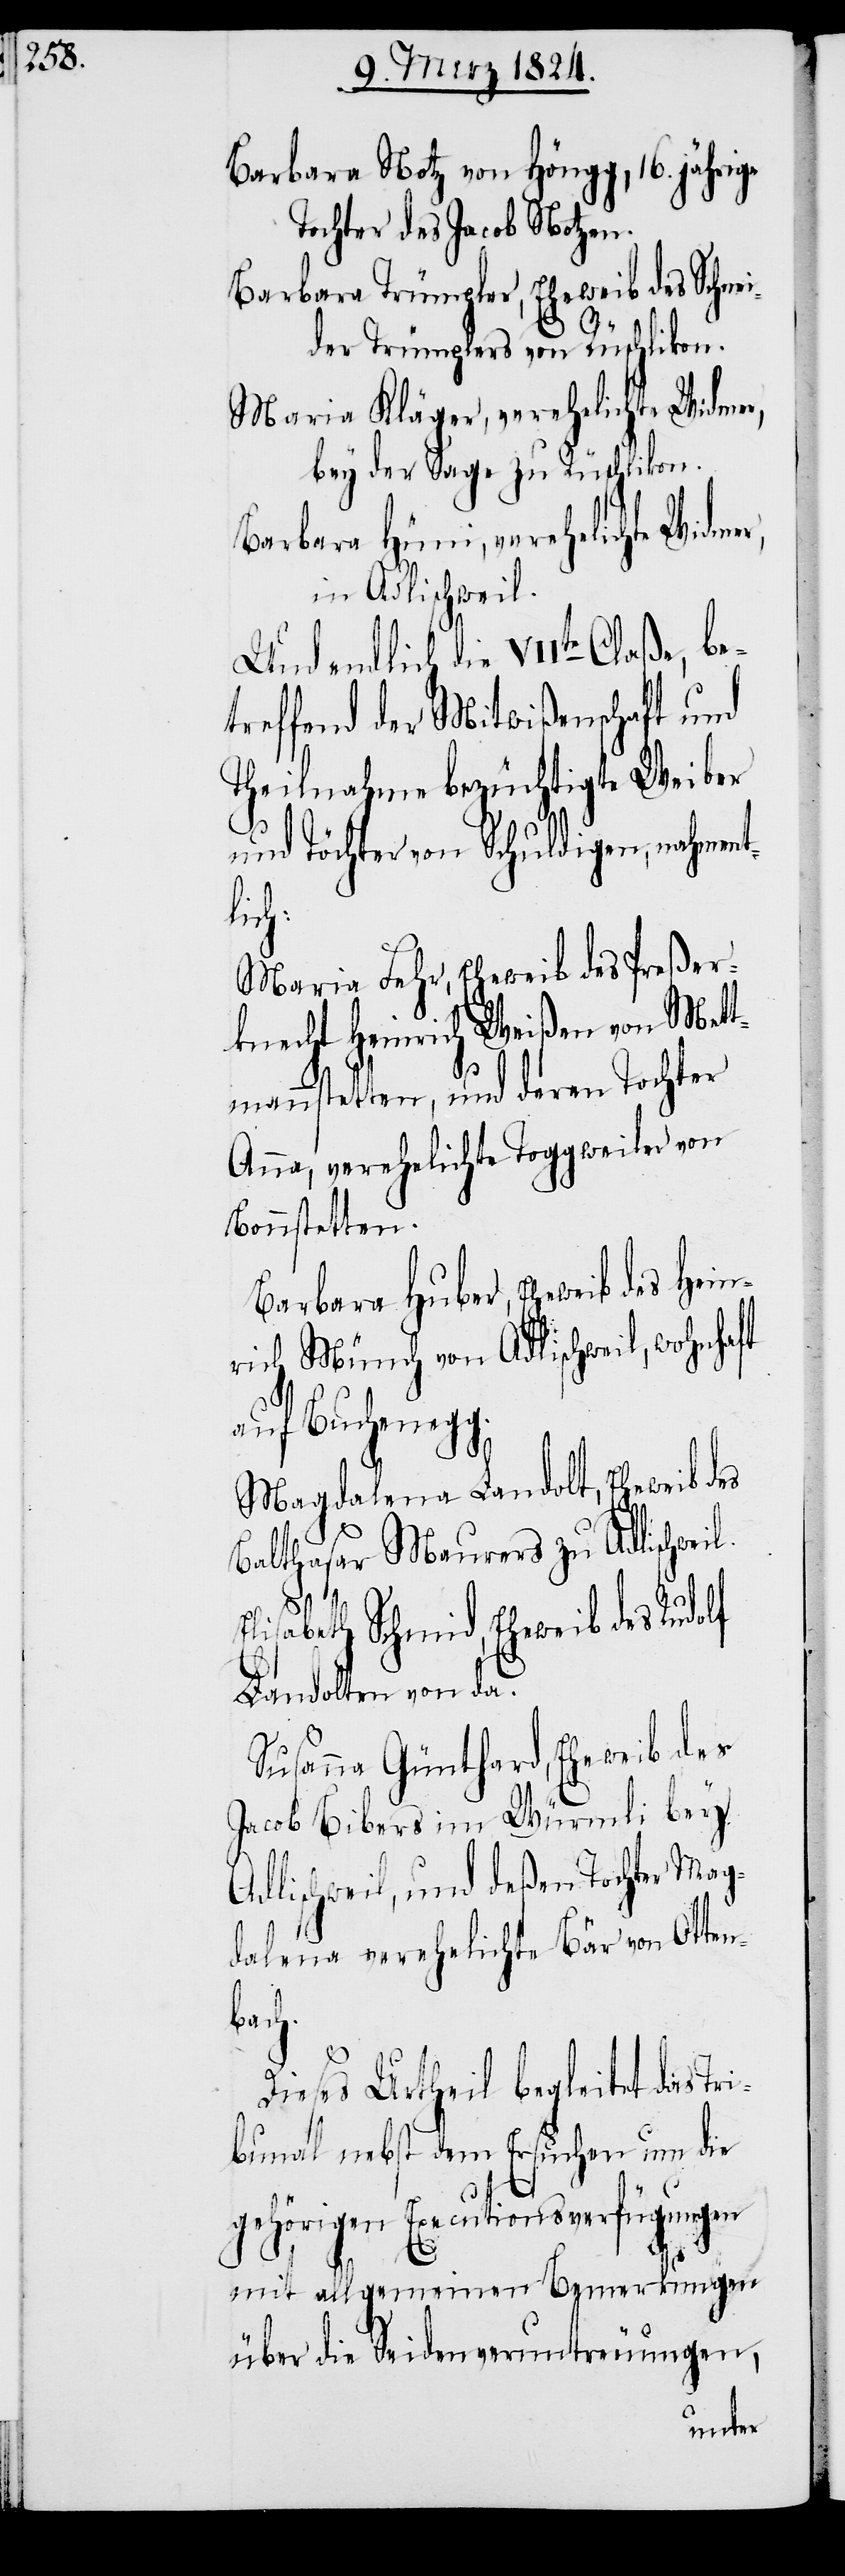
Barbara Notz von Höngg, 16. jährige
Tochter des Jacob Notzen.
Barbara Trümpfler, Eheweib des Schne¬
ider Trümpfers von Rüschlikon.
Maria Kläger, verehelichte Widmer,
bey der Sage zu Rüschlikon.
Barbara Hüni, verehelichte Widmer,
in Adlischweil.
Und endlich die VIIte Claße, be¬
treffend der Mitwißenschaft und
Theilnahme bezüchtigte Weiber
und Töchter von Schuldigen, nahment¬
lich:
Maria Fehr, Eheweib des Preßer¬
knecht Heinrich Weißen von Mett¬
mennstetten, und deren Tochter
Anna, verehelichte Toggweiler von
Bonnstetten.
Barbara Huber, Eheweib des Hein¬
rich Münch von Adlischweil, wohnhaft
auf Buchenegg.
Magdalena Landolt, Eheweib des
Balthasar Maurers zu Adlischweil.
Elisabeth Schmid, Eheweib des Rudolf
Landolten von da.
Susanna Günthard, Eheweib des
Jacob Bibers im Würmli bey
Adlischweil, und deßen Tochter Mag¬
dalena verehelichte Bär von Otten¬
bach.
Dieses Urtheil begleitet das Tr¬
ibunal nebst dem Ersuchen um die
gehörigen Executionsverfügungen
mit allgemeinen Bemerkungen
über die Seidenveruntreuungen,